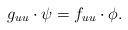
LaTeX: \begin{align*} g_{uu}\cdot \psi=f_{uu}\cdot\phi. \end{align*}